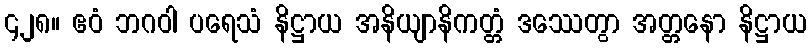
၄၂၈။ ဧဝံ ဘဂဝါ ပရေသံ နိဋ္ဌာယ အနိယျာနိကတ္တံ ဒဿေတွာ အတ္တနော နိဋ္ဌာယ